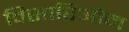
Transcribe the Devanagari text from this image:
विसारिओन